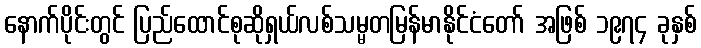
နောက်ပိုင်းတွင် ပြည်ထောင်စုဆိုရှယ်လစ်သမ္မတမြန်မာနိုင်ငံတော် အဖြစ် ၁၉၇၄ ခုနှစ်